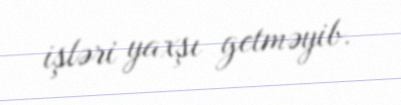
işləri yaxşı getməyib.